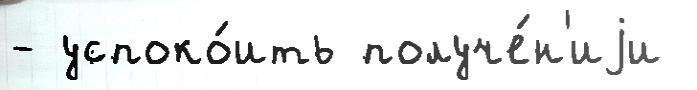
- успоко́ить получе́н'иjи